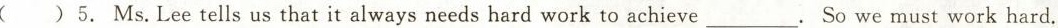
()5. Ms. Lee tells us that it always needs hard work to achieve ___. So we must work hard.